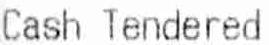
CASH TENDERED